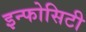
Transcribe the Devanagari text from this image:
इन्फोसिटी